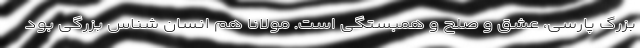
بزرگ پارسی، عشق و صلح و همبستگی است. مولانا هم انسان شناس بزرگی بود